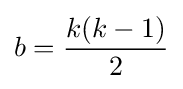
b={\frac {k(k-1)}{2}}